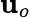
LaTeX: \mathbf{u}_{o}